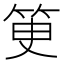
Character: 𥬽